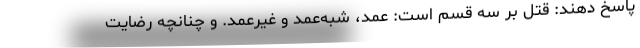
پاسخ دهند: قتل بر سه قسم است: عمد، شبه‌عمد و غیر‌عمد. و چنانچه رضایت